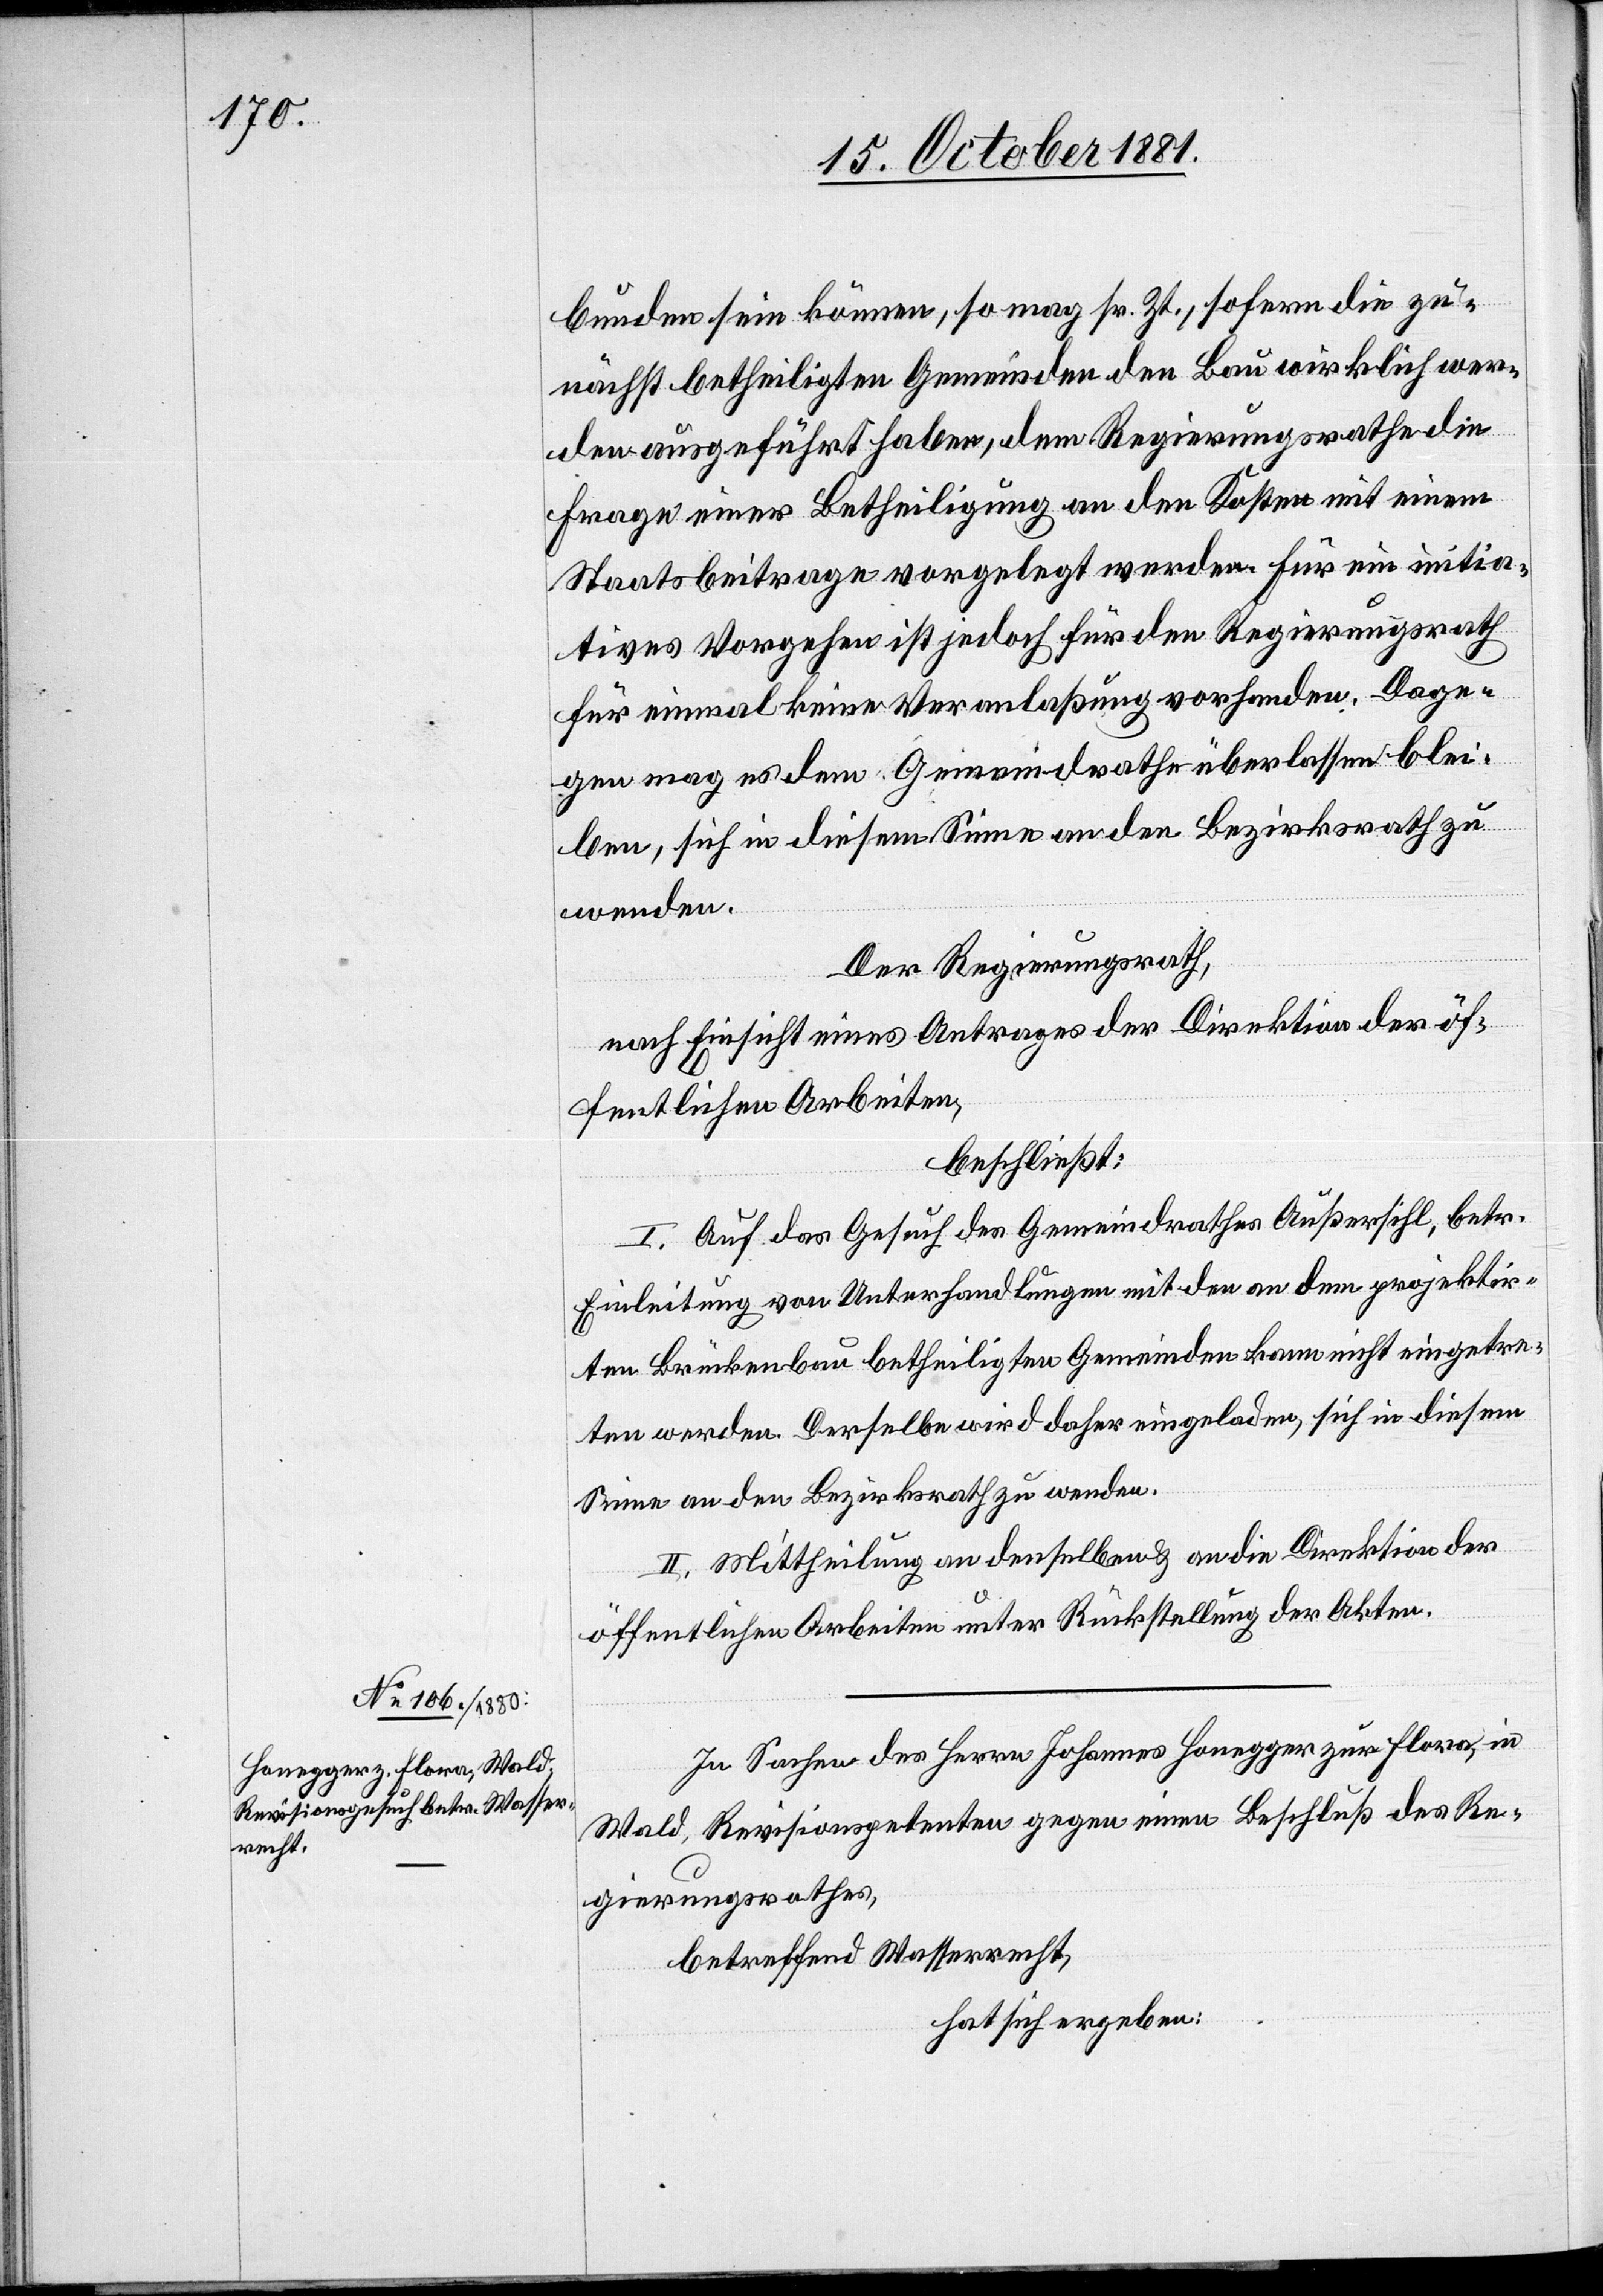
bunden sein können, so mag sr. Zt., sofern die zu¬
nächst betheiligten Gemeinden den Bau wirklich wer¬
den ausgeführt haben, dem Regierungsrathe die
Frage einer Betheiligung an den Kosten mit einem
Staatsbeitrage vorgelegt werden. Für ein initia¬
tions Vorgehen ist jedoch für den Regierungsrath
für einmal keine Veranlaßung vorhanden. Dage¬
gen mag es dem Gemeindrathe überlassen blei¬
ben, sich in diesem Sinne an den Bezirksrath zu
wenden.
Der Regierungsrath,
nach Einsicht eines Antrages der Direktion der öf¬
fentlichen Arbeiten,
beschließt:
I. Auf das Gesuch des Gemeindrathes Außersihl, betr.
Einleitung von Unterhandlungen mit den an dem projektir¬
ten Brückenbau betheiligten Gemeinden kann nicht eingetre¬
ten werden. Derselbe wird daher eingeladen, sich in diesem
Sinne an den Bezirksrath zu wenden.
II. Mittheilung an denselben & an die Direktion der
öffentlichen Arbeiten unter Rückstellung der Akten.
In Sachen des Herrn Johannes Honegger zur Flora, in
Wald, Revisionspetenten gegen einen Beschluß des Re¬
gierungsrathes,
betreffend Wasserrecht,
hat sich ergeben: